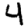
Digit: 4